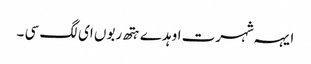
ایہہ شہرت اوہد ے ہتھ ربوں ای لگ سی ۔